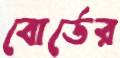
বোর্ডের